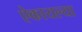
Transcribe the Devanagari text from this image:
ऐकायल्या